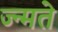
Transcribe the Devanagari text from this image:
ज्न्मते